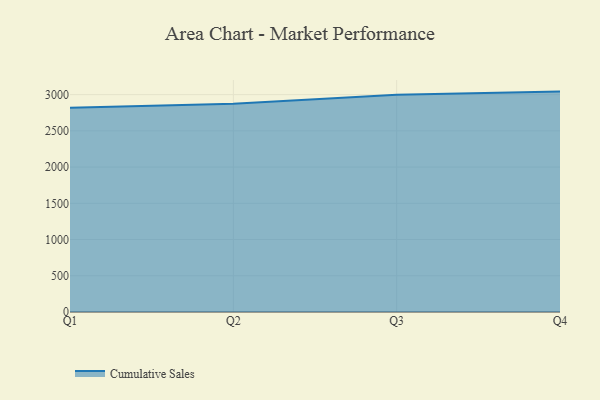
{"axis": {"x": "Quarter", "y": "Tickets Resolved"}, "legend": ["Cumulative Sales"], "data": [{"x": "Q1", "y": 2817.0, "type": "Cumulative Sales"}, {"x": "Q2", "y": 2874.9, "type": "Cumulative Sales"}, {"x": "Q3", "y": 2997.0, "type": "Cumulative Sales"}, {"x": "Q4", "y": 3041.5, "type": "Cumulative Sales"}]}